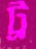
ট্র